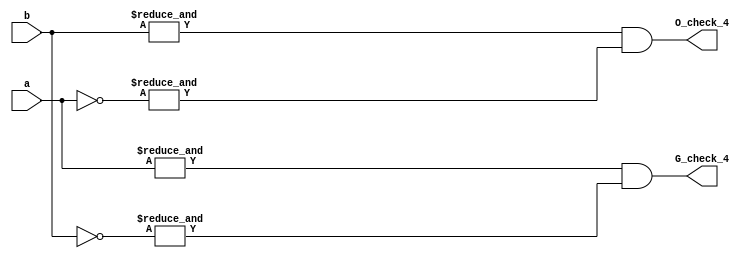
`timescale 1ns / 1ps

module check_slice (
	 input [3:0] a 
	,input [3:0] b
	,output  G_check_4
	,output  O_check_4
);
assign G_check_4 = (&a)&(&(~b));
assign O_check_4 = (&b)&(&(~a));
endmodule